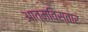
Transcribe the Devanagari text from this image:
आत्मविस्तार